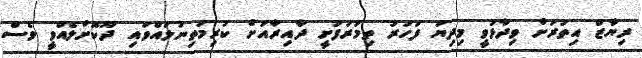
ރިޔާޒް އިތުރަށް ވިދާޅުވީ މިދިޔަ ފަހަރު ތިމަރަފުށީ ދާއިރާއަށް ކުރިމަތިނުލައްވައި ދޫކޮށްލެއްވީ ވެސް